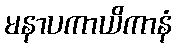
မနာပကာယိကာနံ